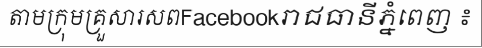
តាមក្រុមគ្រួសារសពFacebookរាជធានីភ្នំពេញ ៖